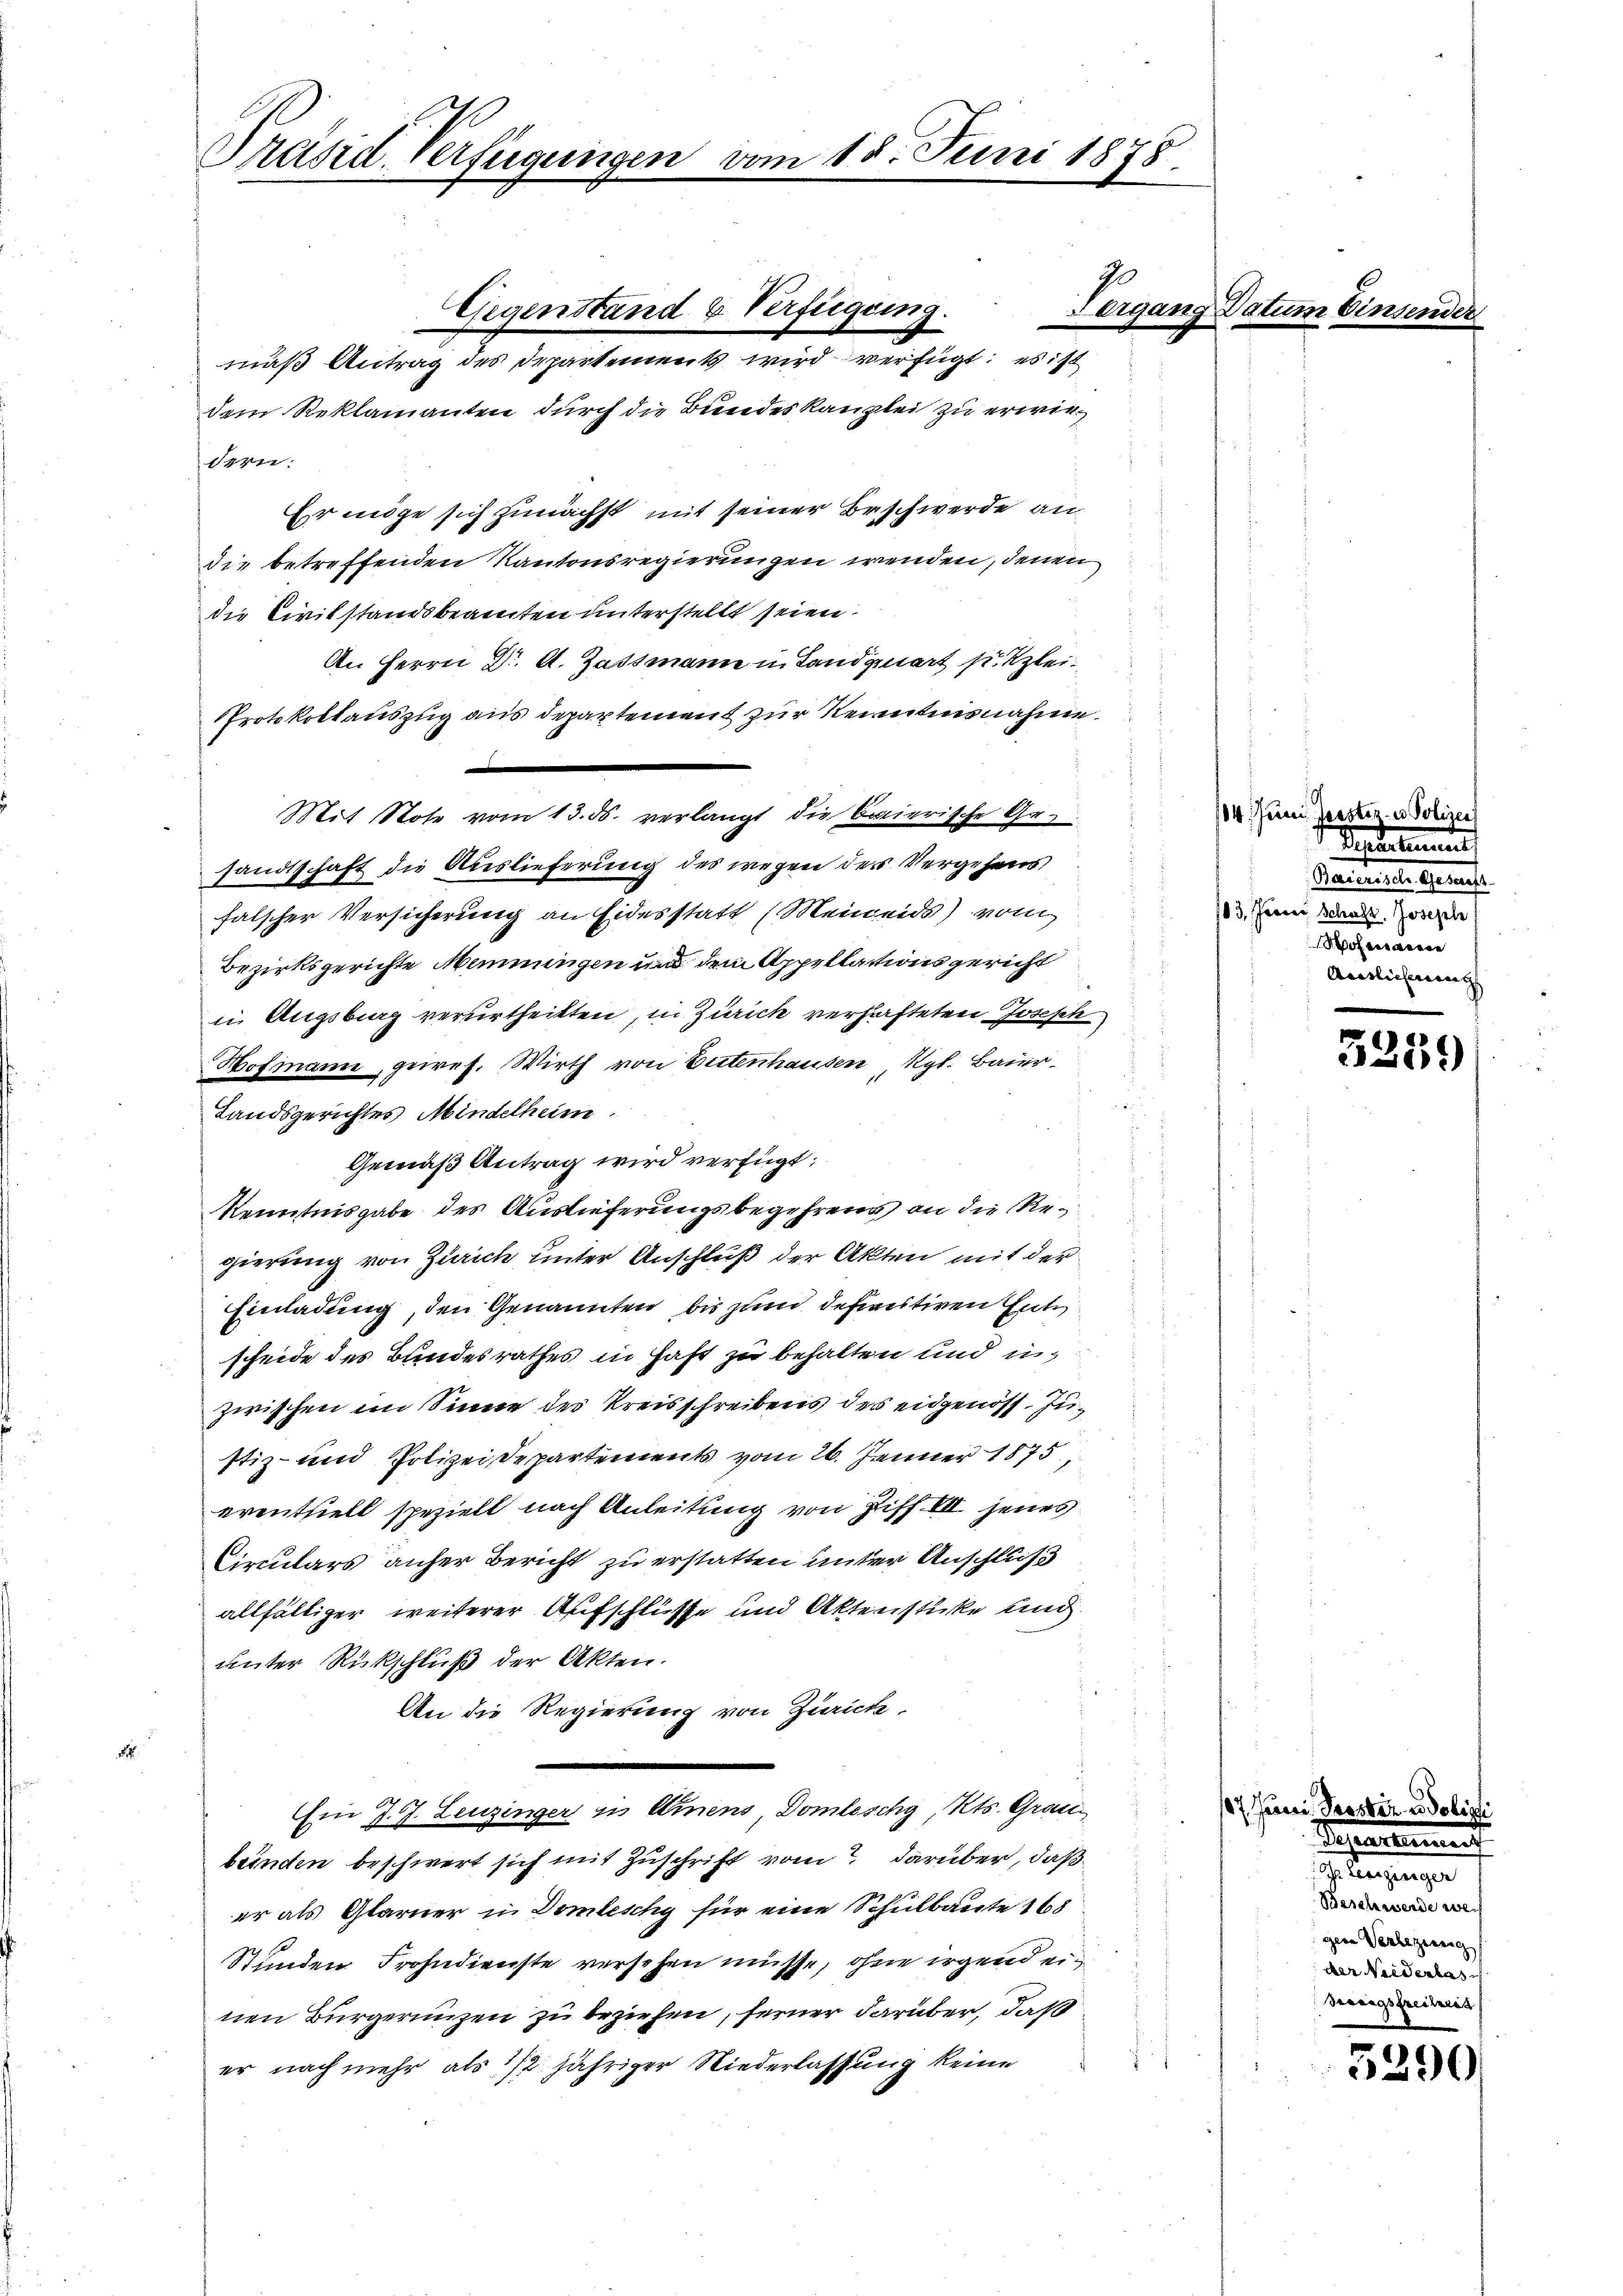
Präsid. Verfügungen vom 18. Juni 1878

dem Reklamanten durch die Bundeskanzlei zu erwiedern.
Er möge sich zunächst mit seiner Beschwerde an
die betreffenden Kantonsregierungen wenden, denen
die Civilstandsbeamten unterstellt seien.
An Herrn Dr. A. Gassmann in Landquart pr. Klei¬
Protokollauszug aus departement zur Kenntnisnahme.

sandtschaft die Auslieferung des wegen der Vergehens
falscher Versicherung an Eidesstatt (Meineids) vom
Bezirksgerichte Mennungen und dem Appellationsgericht
in Augsburg verurtheilten, in Zürich verhafteten Joseph
Hofmanne, gewes. Wirth von Eitenhausen Kgl. Baier.
Landsgerichtes Mindelheim.
Gemäß Antrag wird verfügt:
Kenntnisgabe des Auslieferungsbegehreng an die Regierung von Zürich unter Anschluß der Akten mit der
Einladung, den Genannten bis zum definitiven Ent
scheide des Bundesrathes in Haft zu behalten und in
zwischen im Sinne der Kreisschreibens des eidgenoss, Justiz- und Polizei Departements vom 26. Jenner 1875,
erenthielt spezielt nach Anleitung von Ziff. III jenes
Circulars anher Bericht zu erstatten unter Anschluß
allfältiger weiterer Aufschlüsse und Aktenstücke und
unter Rückschluß der Akten.
An die Regierung von Zürich,
8
Ein J. J. Leuzinger in Amnens Domleschy, Kts. Grau
bünden beschwert sich mit Zuschrift vom darüber, daß
er als Glarner in Domleschy für eine Schulbaute 168
so
Stunden Frohndienste versehen müsse, ohne irgend einen Bürgerungen zu beziehen, ferner darüber, daß
er nach mehr als 1/2 jähriger Niederlassung keine

Mit Note vom 13. ds. verlangt die baierische Ge¬

Gegenstand & Verfügung.
mäß Antrag des Departements wird verfügt: es ist

Vergang Datum Einsender

114. Juni leister. v. Polizei
 Nadeln
Pamministe Semes
13. Ferner Schaft. Joseph
Pofessance
Auslichung

3259

187. Juni Prostiz u. Polizi
Separtement
Langungen
Beschwerde we
gene Verlezing
der Neiderlas
Brotagsfreiheit

5290